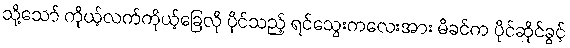
သို့သော် ကိုယ့်လက်ကိုယ့်ခြေလို ပိုင်သည့် ရင်သွေးကလေးအား မိခင်က ပိုင်ဆိုင်ခွင့်